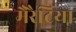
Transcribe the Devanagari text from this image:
मैरैटिया